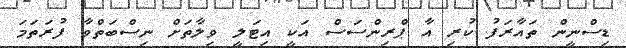
ޑިސްނީން ތައާރަފު ކުރި އާ ޕްރިންސަސް އަކީ އިޓަލީ ވިލާތަށް ނިސްބަތްވާ ފުރަތަމަ